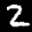
Label: 2